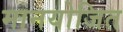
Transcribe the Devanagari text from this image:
मानयोजित